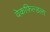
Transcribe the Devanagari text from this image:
वेकफ़िल्डला